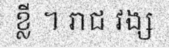
ខ្លី ។ រាជ វង្ស